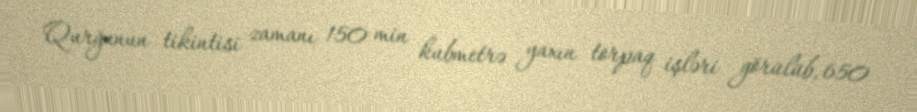
Qurğunun tikintisi zamanı 150 min kubmetrə yaxın torpaq işləri görülüb, 650